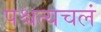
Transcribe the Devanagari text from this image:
पश्चत्यचलं